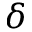
\delta